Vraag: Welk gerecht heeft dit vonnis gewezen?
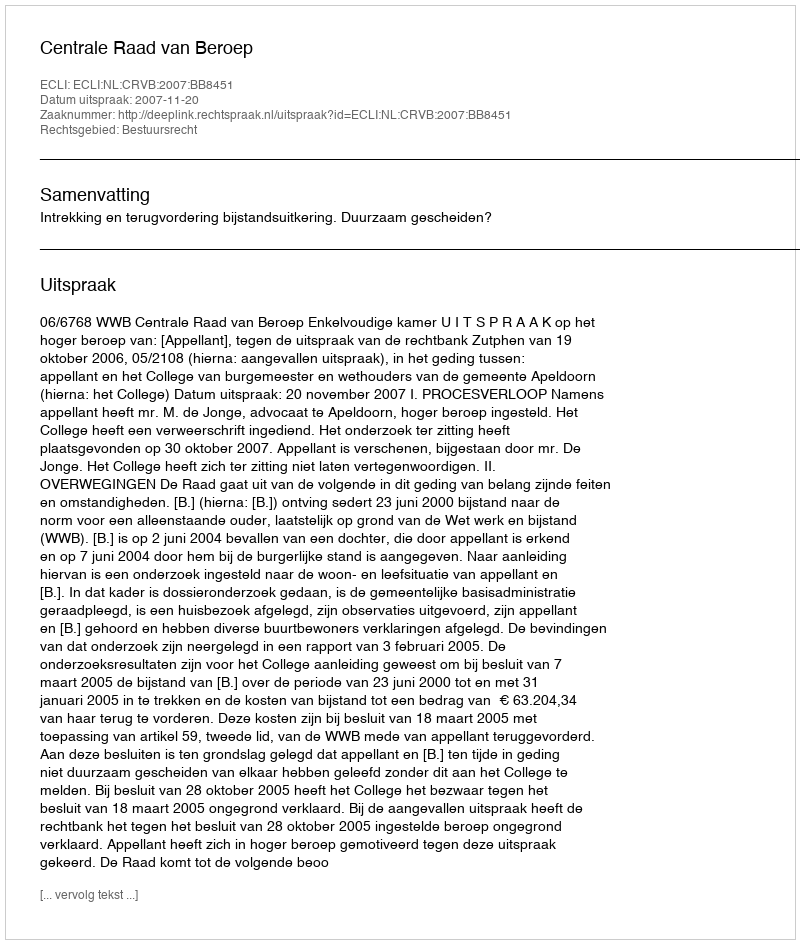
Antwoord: Centrale Raad van Beroep